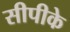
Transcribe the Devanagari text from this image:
सीपीके